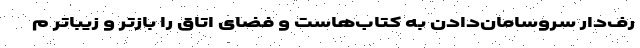
رف‌دار سروسامان‌دادن به کتاب‌هاست و فضای اتاق را بازتر و زیباتر م